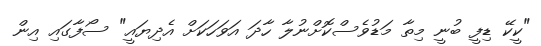
"ކީކޭ ޑިފީ ބުނީ މިތާ މަޑުވެސްކޮށްނުލާ ހާދަ އަވަހަކަށް އެދިޔައީ" ސޯފާގައި އިން